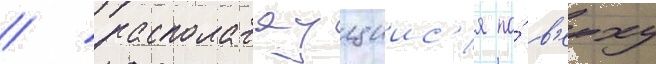
/ располагаущиис'я по́ в'ерху